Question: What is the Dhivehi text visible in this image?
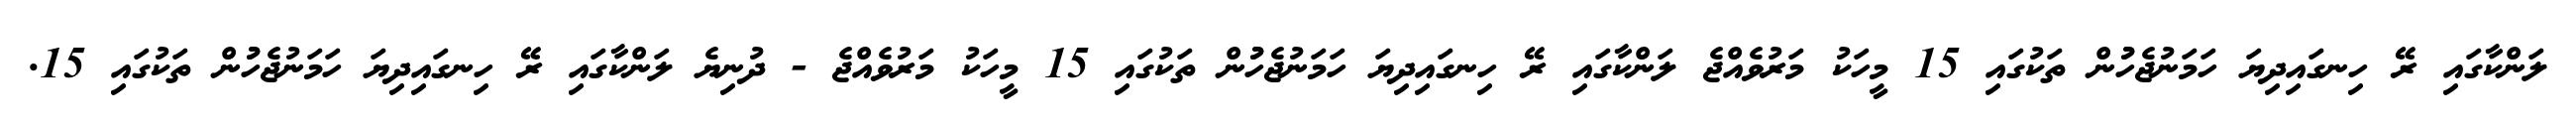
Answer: ލަންކާގައި ރޭ ހިނގައިދިޔަ ހަމަނުޖެހުުން ތަކުގައި 15 މީހަކު މަރުވެއްޖެ ލަންކާގައި ރޭ ހިނގައިދިޔަ ހަމަނުޖެހުުން ތަކުގައި 15 މީހަކު މަރުވެއްޖެ - ދުނިޔެ ލަންކާގައި ރޭ ހިނގައިދިޔަ ހަމަނުޖެހުުން ތަކުގައި 15.